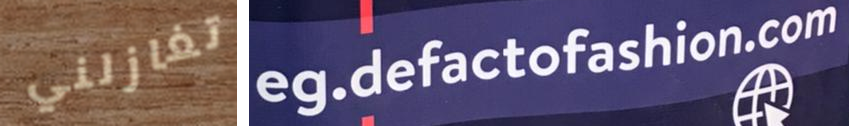
تغازلني eg.defactofashion.com